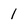
Character: 1